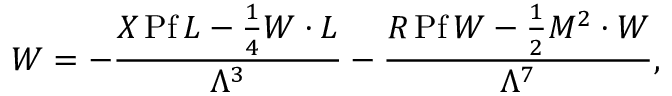
W = - { \frac { X { \, \mathrm { P f \, } } L - \frac 1 4 W \cdot L } { \Lambda ^ { 3 } } } - { \frac { R { \, \mathrm { P f \, } } W - \frac 1 2 M ^ { 2 } \cdot W } { \Lambda ^ { 7 } } } ,